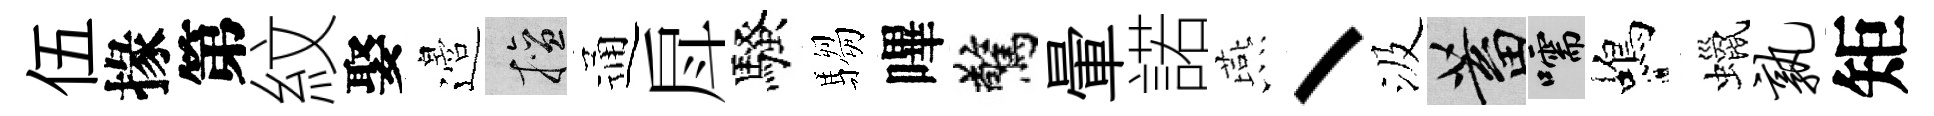
伍掾第紋娶邉擅通戽騷騶嗶驚暈諾燕丶汲蓄嚅蝎蠟孰矩